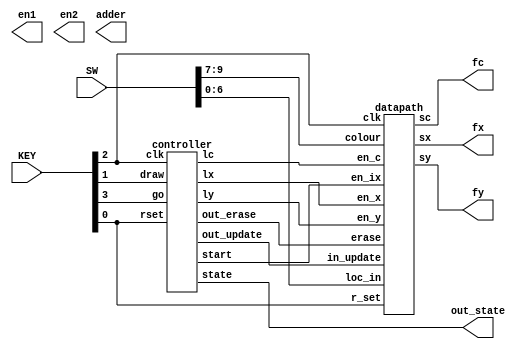
module part3(SW,KEY,fx,fy,fc,out_state,en1,en2,adder);
	input [9:0] SW;
	input [3:0] KEY;
	output [7:0] fx;
	output [6:0] fy;
	output [2:0] fc;
	output [2:0] out_state;
	output en1,en2;
	output [3:0]adder;
	wire x1,y1,z1,start1,e1,i1;
	
	controller c1(
		.rset(KEY[0]),
		.clk(KEY[2]),
		.go(KEY[3]),
		.draw(KEY[1]),
		.lx(x1),
		.ly(y1),
		.lc(z1),
		.start(start1),
		.out_erase(e1),
		.out_update(i1),
		.state(out_state)
	);
	
	datapath d1(
		.colour(SW[9:7]), 
		.clk(KEY[2]), 
		.loc_in(SW[6:0]), 
		.en_x(x1), 
		.en_y(y1), 
		.en_c(z1), 
		.en_ix(start1), 
		.r_set(KEY[0]), 
		.erase(e1),
		.in_update(i1),
		.sx(fx), 
		.sy(fy), 
		.sc(fc)
		);
		
		
endmodule

module controller (rset, clk, go, draw, lx, ly, lc, start, out_erase,out_update,state);
	input rset,clk,go,draw;
	output reg lx,ly,lc,start,out_erase,out_update;
	output [2:0]state;
	wire [3:0]erase;
	
	
	framcounter ff(
		.start(draw), 
		.clock(clk), 
		.r_set(rset), 
		.q1(erase));
	assign e3 = erase;
			
   assign enable_1 = (erase == 4'b0000) ? 0:1;
	assign enable_2 = (erase == 4'd1) ? 0:1;
	
	reg [2:0] current,next;
	
	localparam Load_x_wait = 3'd0,
				  Load_x = 3'd1,
				  Load_y_wait = 3'd2,
				  Load_y = 3'd3,
				  Draw = 3'd4,
				  Draw2 = 3'd5,
				  Update = 3'd6;
	
	 always @(*)
		begin
			case(current)
				Load_x_wait: next = go ? Load_x : Load_x_wait;
				Load_x : next = go ? Load_x : Load_y_wait;
				Load_y_wait : next = go ? Load_y_wait : Load_y;
				Load_y : next = draw ? Load_y : Draw;
				Draw : next = enable_2 ? Draw : Draw2;
				Draw2: next = Update;
				Update: next = enable_1 ? Update: Draw;
				default: next = Load_x_wait;
			endcase
		end
		
	
	  always @(*) 
		begin
			lx = 1'b0;
			ly = 1'b0;
			lc = 1'b0;
			start = 1'b0;
			
			case(current)
				Load_x_wait: lx = 1'b1;
				Load_y_wait:
					begin
						ly = 1'b1;
						lc = 1'b1;
					end
				Draw: 
					begin
						start = 1'b1;
						out_erase = 1'b0;
						out_update = 1'b0;
					end			
				Draw2:
					begin
				      start = 1'b1;
					   out_erase = 1'b1;
						out_update = 1'b0;
					end
				Update:
					begin
						start = 1'b0;
						out_update = 1'b1;
					end
			endcase
	  end
	  
	  always @(posedge clk)
			begin
				if(!rset)
					current <= Load_x_wait;
				else
					current <= next;
			end
		assign state = current;
endmodule

module drawer(x,y,c,clk,erase,r_set, en_ix,sx,sy,sc);
	input [7:0] x;
	input [6:0] y;
	input [2:0] c;
	input clk, r_set, en_ix;
	output [7:0] sx;
	output [6:0] sy;
	output [2:0] sc;
	reg [1:0] ix;
	reg [1:0] iy;
	reg en_iy;
	input erase;
	reg [2:0] c_wire;
			
	  always @(posedge clk)
			begin
				if(!r_set)
					begin
						ix <= 2'd0;
						iy <= 2'd0;
					end
				if(en_ix)
					if (ix == 2'b11)
					   begin
							en_iy <= 1'b1;
							ix <= 2'b00;
						end
					else
						begin
						   en_iy <= 1'b0;
							ix <= ix + 2'b01;
						end
			end
			

			always @ (*)
				begin
					if(erase)
						c_wire = 3'b000;
					else
						c_wire = c;
				end

		  always @(posedge clk)
			begin
				if(!r_set)
					begin
						ix <= 2'd0;
						iy <= 2'd0;
					end
				if(en_iy)
					if (iy == 2'b11)
					   begin
							iy <= 2'b00;
						end
					else
						iy <= iy + 2'b01;
			end
			
			assign sx = x + ix;
			assign sy = y + iy;
			assign sc = c_wire;
endmodule

				
	
module datapath (colour, clk, loc_in, en_x, en_y, en_c, en_ix, in_update, erase, r_set, sx, sy, sc );
		input [6:0] loc_in;
		input [2:0] colour;
		input clk,r_set, in_update,erase;
		input en_x, en_y, en_c, en_ix;
		output [7:0] sx;
		output [6:0]sy;
		output [2:0] sc;
		wire [3:0] w1;
		wire [7:0] x2;
		wire [6:0] y2;
		
		reg [7:0] x;
		reg [6:0] y;
		reg [2:0] c;	
		
		always @(posedge clk)
			begin
				if(!r_set)
					begin
						x <= 8'd0;
						y <= 7'd0;
						c <= 3'd0;
					end
				else
					begin
						if(en_x)
							x <= {1'b0, loc_in};
						if(en_y)
							y <= {loc_in};
						if (en_c)
							c <= colour;
					end
			end


		xcounter xx(
			.clk(clk), 
			.enable_x(in_update), 
			.orgin_x(x), 
			.out_x(x2), 
			.r_set(r_set));
		
		ycounter yy(
			.clk(clk), 
			.enable_y(in_update),
			.orgin_y(y), 
			.out_y(y2), 
			.r_set(r_set));

		drawer dd(
			.x(x2),
			.y(y2), 
			.c(c),
			.clk(clk), 
			.erase(erase), 
			.r_set(r_set),
			.en_ix(en_ix), 
			.sx(sx),
			.sy(sy),
			.sc(sc));
endmodule


module xcounter (clk, r_set,enable_x, orgin_x, out_x);
	input clk,r_set,enable_x;
	input [7:0]  orgin_x;
	reg right_x;
	output reg [7:0]out_x;
	
	always @(posedge clk)
		begin
			if(r_set == 1'b0)
				right_x <= 1'b1;
				out_x <= 8'd0;
			if(enable_x)
				begin 
					if(orgin_x == 8'b10011100)
						right_x <= 1'b0;
					if(orgin_x == 8'd0)
						right_x <= 1'b1;
					if(right_x)
						out_x <= orgin_x + 1;
					if(right_x == 1'b0)
						out_x <= orgin_x - 1;
				end
			else
				out_x <= orgin_x;

		end
endmodule

module ycounter (clk, enable_y,r_set,orgin_y,out_y);
	input enable_y,clk,r_set;
	input [6:0] orgin_y;
	output reg [6:0] out_y;
	reg up_y;
	
always @(*)
		begin
			if (r_set == 1'b0)
				 up_y <= 1'b0;
				 out_y <= 7'b0111100;
			if(enable_y)
				begin 
					if(orgin_y == 7'b1110100)
						up_y <= 1'b0;
					if(orgin_y == 8'd0)
						up_y <= 1'b1;
					if(up_y)
						out_y <= orgin_y + 1;
					if(up_y == 1'b0)
						out_y <= orgin_y - 1;
				end
			else
				out_y <= orgin_y;
		end
endmodule

module framcounter(start,clock,r_set,q1);
		input start;
		input clock,r_set;
		output reg [3:0]q1;
		wire [19:0] w1;
		wire enable_1;
		
		delaycounter d1(
			.en(start),
			.clk(clock),
			.rset(r_set),
			.q(w1)
		);
		
		assign enable_1 = (w1 == 20'd0) ? 1:0;
		
		always @(posedge clock)
		begin
			if(r_set == 1'b0)
				q1 <= 4'd1;
			if(enable_1)
				begin 
					if(q1 == 4'd0)
						q1 <= 4'd1;
					else
						q1 <= q1 - 1'b1;
				end
		end	
endmodule

module delaycounter(en,clk,rset,q);
		input en;
		input clk,rset;
		output reg [19:0]q;
		always @(posedge clk)
		begin
			if(rset == 1'b0)
				q <= 20'd1;
			if (en == 1'b1)
				begin 
					if(q == 20'd0)
						q <= 20'd1;
					else
						q <= q - 1'b1;
				end
		end	
endmodule